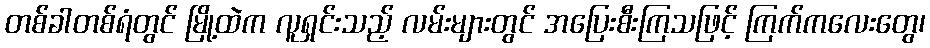
တစ်ခါတစ်ရံတွင် မြို့ထဲက လူရှင်းသည့် လမ်းများတွင် အပြေးစီးကြသဖြင့် ကြက်ကလေးတွေ၊